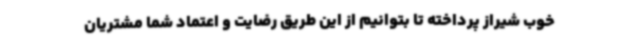
خوب شیراز پرداخته تا بتوانیم از این طریق رضایت و اعتماد شما مشتریان